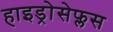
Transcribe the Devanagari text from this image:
हाइड्रोसेफ्लस